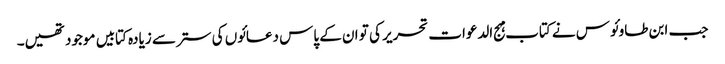
جب ابن طاوئوس نے کتاب مہج الدعوات تحریر کی تو ان کے پاس دعائوں کی ستر سے زیادہ کتابیں موجود تھیں۔